Report of the Indian Hemp Drugs Commission, 1894-1895 - Volume V
Year: 1894
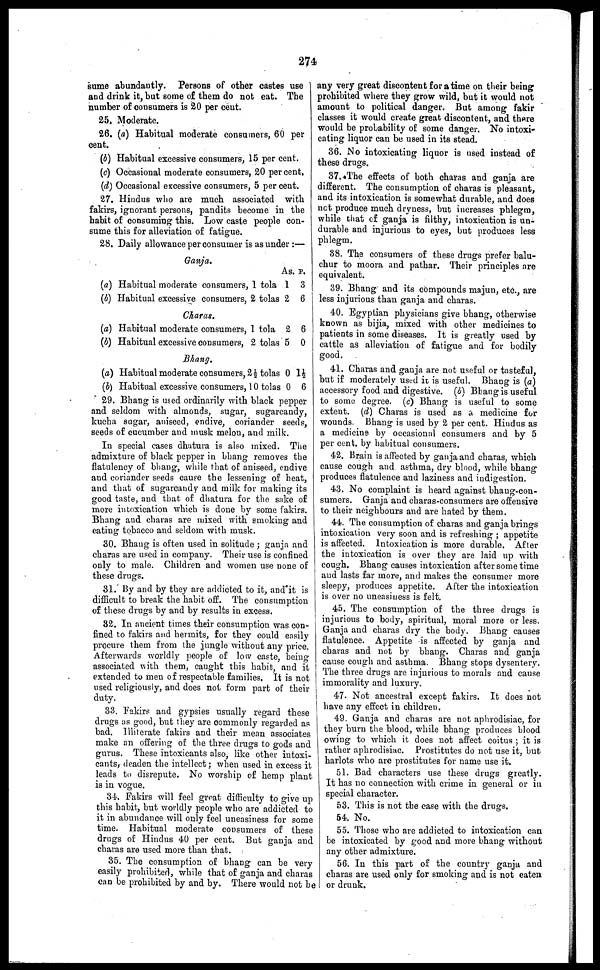
274
sume abundantly. Persons of other castes use
and drink it, but some of them do not eat. The
number of consumers is 20 per cent.
25. Moderate.
26. (a) Habitual moderate consumers, 60 per
cent.
(b) Habitual excessive consumers, 15 per cent.
(c) Occasional moderate consumers, 20 percent,
(d) Occasional excessive consumers, 5 per cent.
27. Hindus who are much associated with
fakirs, ignorant persons, pandits become in the
habit of consuming this. Low caste people con-
sume this for alleviation of fatigue.
28. Daily allowance per consumer is as under :—
(a)
(b)
(a)
(b)
(a)
(b)
Ganja,
Habitual moderate consumers, 1 tola
Habitual excessive consumers, 2 tolas
Charas.
Habitual moderate consumers, 1 tola
Habitual excessive consumers, 2 tolas
Bhang.
Habitual moderate consumers, 2½ tolas
Habitual excessive consumers, 10 tolas
As.
1
2
2
5
0
0
P.
3
6
6
0
1½
6
29. Bhang is used ordinarily with black pepper
and seldom with almonds, sugar, sugarcandy,
kucha sugar, aniseed, endive, coriander 6eeds,
seeds of cucumber and musk melon, and milk.
In special cases dhatura is also mixed. The
admixture of black pepper in bhang removes the
flatulency of bhang, while that of aniseed, endive
and coriander seeds cause the lessening of heat,
and that of sugarcandy and milk for making its I
good taste, and that of dhatura for the sake of
more intoxication which is done by some fakirs.
Bhang and charas are mixed with smoking and
eating tobacco and seldom with musk.
30. Bhang is often used in solitude ; ganja and
charas are used in company. Their use is confined
only to male. Children and women use none of
these drugs.
31. By and by they are addicted to it, and it is i
difficult to break the habit off. The consumption
of these drugs by and by results in excess.
32. In ancient times their consumption was con-
fined to fakirs and hermits, for they could easily
procure them from the jungle without any price.
Afterwards worldly people of low caste, being
associated with them, caught this habit, and it
extended to men of respectable families. It is not
used religiously, and does not form part of their
duty.
33. Fakirs and gypsies usually regard these
drugs as good, but they are commonly regarded as
bad. Illiterate fakirs and their mean associates
make an offering of the three drugs to gods and
gurus. These intoxicants also, like other intoxi-
cants, deaden the intellect ; when used in excess it
leads to disrepute. No worship of hemp plant
is in vogue.
34. Fakirs will feel great difficulty to give up
this habit, but worldly people who are addicted to
it in abundance will only feel uneasiness for some
time. Habitual moderate consumers of these
drugs of Hindus 40 per cent. But ganja and
charas are used more than that.
35. The consumption of bhang can be very
easily prohibited, while that of ganja and charas
can be prohibited by and by. There would not be
any very great discontent for a time on their being
prohibited where they grow wild, but it would not
amount to political danger. But among fakir
classes it would create great discontent, and there
would be probability of some danger. No intoxi-
cating liquor can be used in its stead.
36. No intoxicating liquor is used instead of
these drugs.
37. The effects of both charas and ganja are
different. The consumption of charas is pleasant,
and its intoxication is somewhat durable, and does
not produce much dryness, but increases phlegm,
while that of ganja is filthy, intoxication is un-
durable and injurious to eyes, but produces less
phlegm.
38. The consumers of these drugs prefer balu-
chur to moora and pathar. Their principles are
equivalent.
39. Bhang and its compounds majun, etc., are
less injurious than ganja and charas.
40. Egyptian physicians give bhang, otherwise
known as bijia, mixed with other medicines to
patients in some diseases. It is greatly used by
cattle as alleviation of fatigue and for bodily
good.
41. Charas and ganja are not useful or tasteful,
but if moderately used it is useful. Bhang is (a)
accessory food and digestive. (b) Bhang is useful
to some degree. (c) Bhang is useful to some
extent. (d) Charas is used as a medicine for
wounds. Bhang is used by 2 per cent. Hindus as
a medicine by occasional consumers and by 5
per cent. by habitual consumers.
42. Brain is affected by ganja and charas, which
cause cough and asthma, dry blood, while bhang
produces flatulence and laziness and indigestion.
43. No complaint is heard against bhang-con-
sumers. Ganja and charas-consumers are offensive
to their neighbours and are hated by them.
44. The consumption of charas and ganja brings
intoxication very soon and is refreshing ; appetite
is affected. Intoxication is more durable. After
the intoxication is over they are laid up with
cough. Bhang causes intoxication after some time
and lasts far more, and makes the consumer more
sleepy, produces appetite. After the intoxication
is over no uneasiness is felt.
45. The consumption of the three drugs is
injurious to body, spiritual, moral more or less.
Ganja and charas dry the body. Bhang causes
flatulence. Appetite is affected by ganja and
charas and not by bhang. Charas and ganja
cause cough and asthma. Bhang stops dysentery.
The three drugs are injurious to morals and cause
immorality and luxury.
47. Not ancestral except fakirs. It does not
have any effect in children.
49. Ganja and charas are not aphrodisiac, for
they burn the blood, while bhang produces blood
owing to which it does not affect coitus ; it is
rather aphrodisiac. Prostitutes do not use it, but
harlots who are prostitutes for name use it.
51. Bad characters use these drugs greatly.
It has no connection with crime in general or in
special character.
53. This is not the case with the drugs.
54. No.
55. Those who are addicted to intoxication can
be intoxicated by good and more bhang without
any other admixture.
56. In this part of the country ganja and
charas are used only for smoking and is not eaten
or drunk.